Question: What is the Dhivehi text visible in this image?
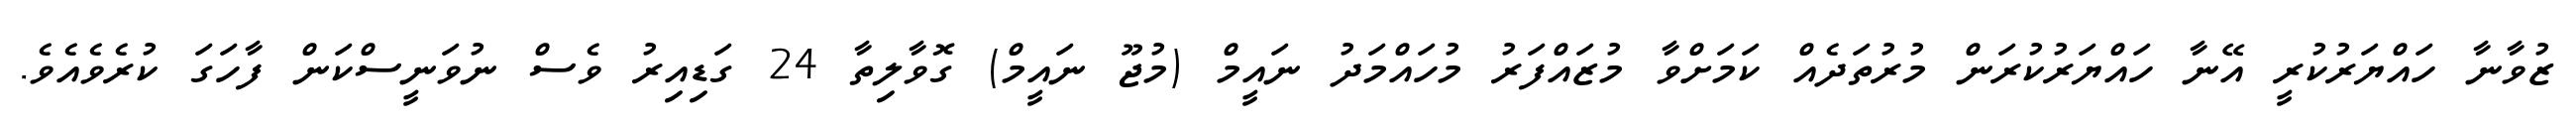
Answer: ޒުވާނާ ހައްޔަރުކުރީ އޭނާ ހައްޔަރުކުރަން މުރުތަދެއް ކަމަށްވާ މުޒައްފަރު މުހައްމަދު ނައީމް (މުޖޫ ނައީމް) ގޮވާލިތާ 24 ގަޑިއިރު ވެސް ނުވަނީސްކަން ފާހަގަ ކުރެވެއެވެ.